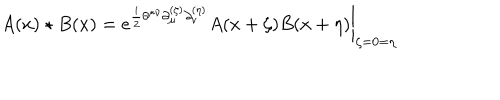
A ( x ) \star B ( x ) = \left. e ^ { \frac { i } { 2 } \theta ^ { \mu \nu } \partial _ { \mu } ^ { ( \zeta ) } \partial _ { \nu } ^ { ( \eta ) } } A ( x + \zeta ) B ( x + \eta ) \right| _ { \zeta = 0 = \eta }